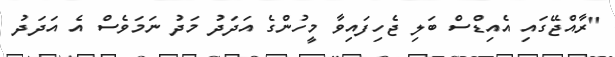
"ރާއްޖޭގައި އެއިޑްސް ބަލި ޖެހިފައިވާ މީހުންގެ އަދަދު މަދު ނަމަވެސް އެ އަދަދު